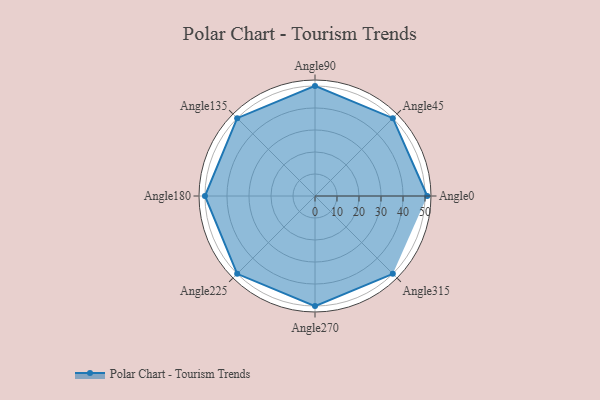
{"axis": {"x": "Angle", "y": "Radius"}, "legend": [""], "data": [{"x": "Angle0", "y": 51.0, "type": ""}, {"x": "Angle45", "y": 50, "type": ""}, {"x": "Angle90", "y": 50, "type": ""}, {"x": "Angle135", "y": 50, "type": ""}, {"x": "Angle180", "y": 50, "type": ""}, {"x": "Angle225", "y": 50, "type": ""}, {"x": "Angle270", "y": 50, "type": ""}, {"x": "Angle315", "y": 50, "type": ""}]}